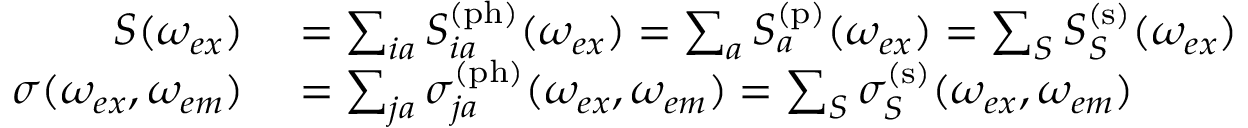
\begin{array} { r l } { S ( \omega _ { e x } ) } & { { } = \sum _ { i a } S _ { i a } ^ { \mathrm { ( p h ) } } ( \omega _ { e x } ) = \sum _ { a } S _ { a } ^ { \mathrm { ( p ) } } ( \omega _ { e x } ) = \sum _ { S } S _ { S } ^ { \mathrm { ( s ) } } ( \omega _ { e x } ) } \\ { \sigma ( \omega _ { e x } , \omega _ { e m } ) } & { { } = \sum _ { j a } \sigma _ { j a } ^ { \mathrm { ( p h ) } } ( \omega _ { e x } , \omega _ { e m } ) = \sum _ { S } \sigma _ { S } ^ { \mathrm { ( s ) } } ( \omega _ { e x } , \omega _ { e m } ) } \end{array}